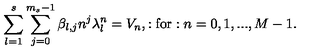
\displaystyle \sum _ { l = 1 } ^ { s } \displaystyle \sum _ { j = 0 } ^ { m _ { s } - 1 } \beta _ { l , j } n ^ { j } \lambda _ { l } ^ { n } = V _ { n } , : \mathrm { f o r } : n = 0 , 1 , . . . , M - 1 .